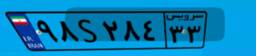
۴۱S۹۶۱۰۱